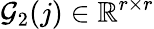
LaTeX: \mathcal{G}_{2}(j)\in\mathbb{R}^{r\times r}